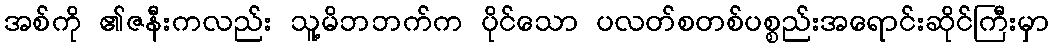
အစ်ကို ၏ဇနီးကလည်း သူ့မိဘဘက်က ပိုင်သော ပလတ်စတစ်ပစ္စည်းအရောင်းဆိုင်ကြီးမှာ